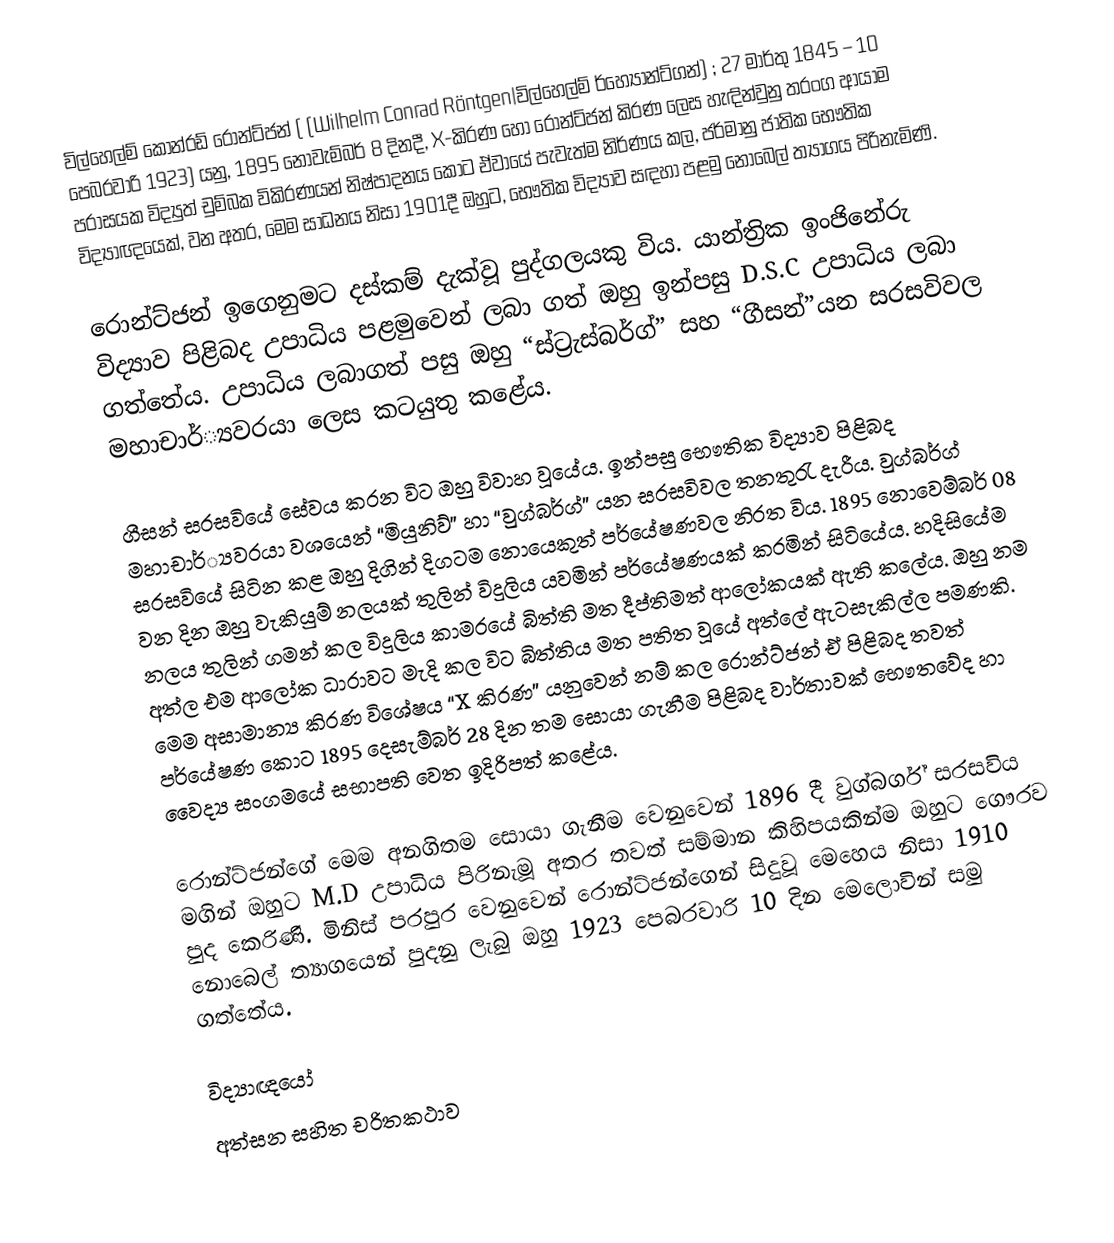
විල්හෙල්ම් කොන්රඩ් රොන්ට්ජන් ( (Wilhelm Conrad Röntgen|විල්හෙල්ම් ර්හ්‍යෝන්ට්ගන්) ; 27 මාර්තු 1845 – 10 පෙබරවාරි 1923) යනු, 1895 නොවැම්බර් 8 දිනදී,   X-කිරණ හෝ රොන්ට්ජන් කිරණ ලෙස හැඳින්වුනු  තරංග ආයාම පරාසයක විද්‍යුත් චුම්බක විකිරණයන් නිෂ්පාදනය කොට ඒවායේ පැවැත්ම නිර්ණය කල, ජර්මානු ජාතික භෞතික විද්‍යාඥයෙක්, වන අතර, මෙම සාධනය නිසා 1901දී ඔහුට,  භෞතික විද්‍යාව සඳහා පළමු නොබෙල් ත්‍යාගය පිරිනැමිණි.

රොන්ට්ජන් ඉගෙනුමට දස්කම් දැක්වූ පුද්ගලයකු විය. යාන්ත්‍රික ඉංජිනේරු විද්‍යාව පිළිබද උපාධිය පළමුවෙන් ලබා ගත් ඔහු ඉන්පසු D.S.C උපාධිය ලබා ගත්තේය. උපාධිය ලබාගත් පසු ඔහු “ස්ට්‍රැස්බර්ග්” සහ “ගීසන්”යන සරසවිවල මහාචාර්්‍යවරයා ලෙස කටයුතු කළේය.

ගීසන් සරසවියේ සේවය කරන විට ඔහු විවාහ වූයේය. ඉන්පසු භෞතික විද්‍යාව පිළිබද මහාචාර්්‍යවරයා වශයෙන් “මියුනිව්” හා “වුග්බර්ග්” යන සරසවිවල තනතුරැ දැරීය. වුග්බර්ග් සරසවියේ සිටින කළ ඔහු දිගින් දිගටම නොයෙකුත් පර්යේෂණවල නිරත විය. 1895 නොවෙම්බර් 08 වන දින ඔහු වැකියුම් නලයක් තුලින් විදුලිය යවමින් පර්යේෂණයක් කරමින් සිටියේය. හදිසියේම නලය තුලින් ගමන් කල විදුලිය කාමරයේ බිත්ති මත දීප්තිමත් ආලෝකයක් ඇති කලේය. ඔහු නම අත්ල එම ආලෝක ධාරාවට මැදි කල විට බිත්තිය මත පතිත වූයේ අත්ලේ ඇටසැකිල්ල පමණකි. මෙම අසාමාන්‍ය කිරණ විශේෂය “X කිරණ” යනුවෙන් නම් කල රොන්ට්ජන් ඒ පිළිබද තවත් පර්යේෂණ කොට 1895 දෙසැම්බර් 28 දින තම සොයා ගැනීම පිළිබද වාර්තාවක් භෞතවේද හා වෛද්‍ය සංගමයේ සභාපති වෙත ඉදිරිපත් කළේය.

රොන්ට්ජන්ගේ මෙම අනගිතම සොයා ගැනීම වෙනුවෙන් 1896 දී වුග්බර්ග් සරසවිය මගින් ඔහුට M.D උපාධිය පිරිනැමූ අතර තවත් සම්මාන කිහිපයකින්ම ඔහුට ගෞරව පුද කෙරිණි. මිනිස් පරපුර වෙනුවෙන් රොන්ට්ජන්ගෙන් සිදුවූ මෙහෙය නිසා 1910 නොබෙල් ත්‍යාගයෙන් පුදනු ලැබු ඔහු 1923 පෙබරවාරි 10 දින මෙලොවින් සමු ගත්තේය.

විද්‍යාඥයෝ
අත්සන සහිත චරිතකථාව